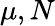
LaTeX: \mu,N